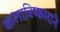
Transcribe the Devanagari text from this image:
कलाविष्काराने